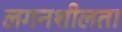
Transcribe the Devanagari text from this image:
लगनशीलता